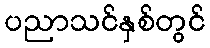
ပညာသင်နှစ်တွင်